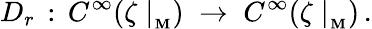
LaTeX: D_{r}\, :\, C^{\infty}(\zeta\mid_{_\mathbf{M}})\; \rightarrow\; C^{\infty}(\zeta\mid_{_\mathbf{M}})\, .